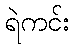
ရဲကင်း